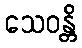
သေဝန္တိ